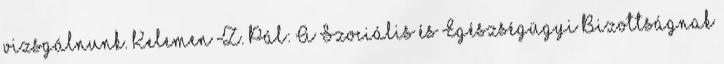
vizsgálnunk. Kelemen Z. Pál: A Szociális és Egészségügyi Bizottságnak